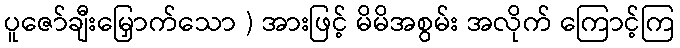
ပူဇော်ချီးမြှောက်သော ) အားဖြင့် မိမိအစွမ်း အလိုက် ကြောင့်ကြ